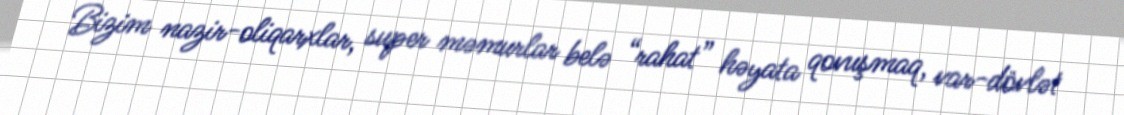
Bizim nazir-oliqarxlar, super məmurlar belə “rahat” həyata qovuşmaq, var-dövlət